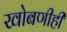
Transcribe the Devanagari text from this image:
खोबणीही